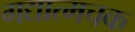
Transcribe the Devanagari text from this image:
गद्यात्मचक